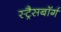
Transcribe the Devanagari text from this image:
स्ट्रैसबॉर्ग